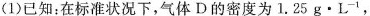
(1)已知：在标准状况下，气体D的密度为1.25g·L^{-1}，